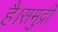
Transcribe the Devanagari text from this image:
है।समुद्री